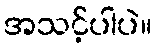
အသင့်ပါပဲ။